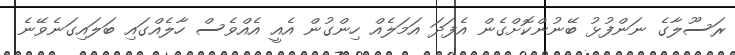
ރަސޫލާގެ ނަންފުޅު ބޭނުންކޮށްގެން އެފަދަ އަމަލެއް ހިންގުން އެއީ އެއްވެސް ހާލެއްގައި ބަލައިގަނެވޭނެ